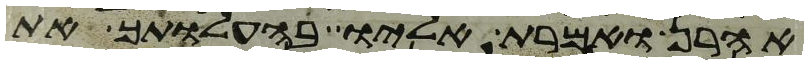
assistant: אהרן ואמרת אליו בהעלותך את